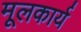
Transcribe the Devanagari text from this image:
मूलकार्य